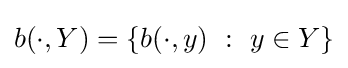
b(\cdot ,Y)=\left\{b(\cdot ,y)~:~y\in Y\right\}